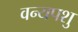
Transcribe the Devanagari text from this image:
वन्यपशु